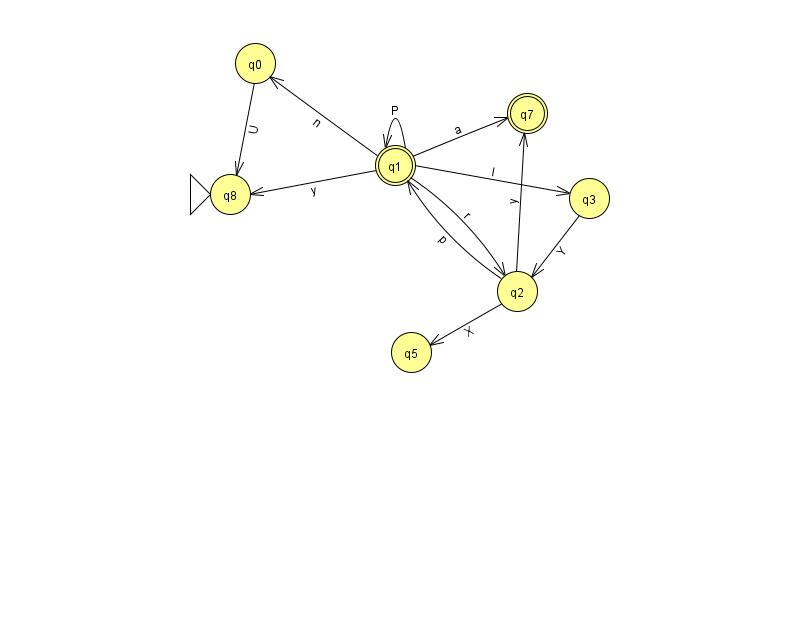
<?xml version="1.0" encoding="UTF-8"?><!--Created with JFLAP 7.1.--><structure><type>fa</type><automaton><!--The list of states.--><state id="0" name="q0"><x>255.0</x><y>50.0</y></state><state id="1" name="q1"><x>395.0</x><y>152.0</y><final/></state><state id="2" name="q2"><x>517.0</x><y>278.0</y></state><state id="3" name="q3"><x>589.0</x><y>185.0</y></state><state id="5" name="q5"><x>411.0</x><y>339.0</y></state><state id="7" name="q7"><x>527.0</x><y>100.0</y><final/></state><state id="8" name="q8"><x>230.0</x><y>181.0</y><initial/></state><!--The list of transitions.--><transition><from>0</from><to>8</to><read>U</read></transition><transition><from>1</from><to>1</to><read>P</read></transition><transition><from>1</from><to>7</to><read>a</read></transition><transition><from>1</from><to>8</to><read>y</read></transition><transition><from>1</from><to>0</to><read>n</read></transition><transition><from>1</from><to>2</to><read>r</read></transition><transition><from>2</from><to>1</to><read>p</read></transition><transition><from>3</from><to>2</to><read>Y</read></transition><transition><from>1</from><to>3</to><read>l</read></transition><transition><from>2</from><to>5</to><read>X</read></transition><transition><from>2</from><to>7</to><read>y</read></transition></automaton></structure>